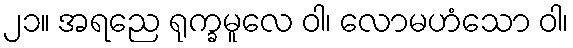
၂၁။ အရညေ ရုက္ခမူလေ ဝါ၊ လောမဟံသော ဝါ၊